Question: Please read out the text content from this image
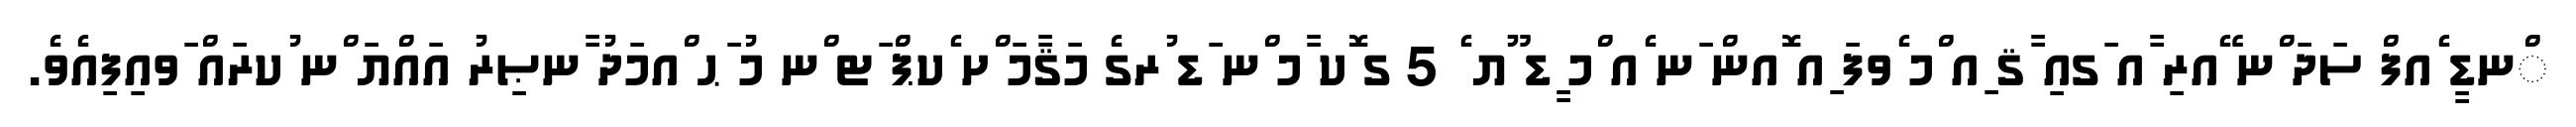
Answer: ްނޑީ ެއފް ސަދަ ްނ ޭއރި ާއ ަގއި ާޤ ިއ ްމ ެވފަ ިއ ޮއން ަނ ެއ ްމ ީޑ ޫޔ ެ 5 ގ ޮކ ާމ ްނ ަޑ ުރގެ މަޤާމަ ްށ ެކޕް ަޓ ްނ މު ަޙ ްއމަދު ާނޞިރު އައްޔަ ްނ ުކރައް ަވއިފިއެވެ.